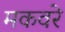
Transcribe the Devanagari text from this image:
मकवरे